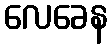
လေခေန